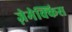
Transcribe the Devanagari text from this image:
ज़ेमेक्किस